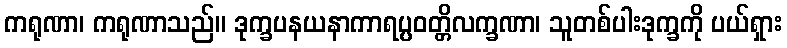
ကရုဏာ၊ ကရုဏာသည်။ ဒုက္ခပနယနာကာရပ္ပဝတ္တိလက္ခဏာ၊ သူတစ်ပါးဒုက္ခကို ပယ်ရှား